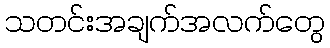
သတင်းအချက်အလက်တွေ